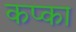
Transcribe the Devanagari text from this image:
कप्का